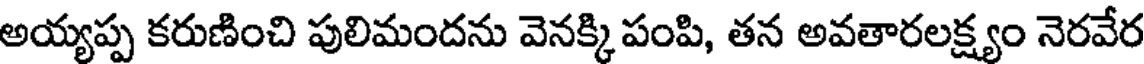
అయ్యప్ప కరుణించి పులిమందను వెనక్కి పంపి, తన అవతారలక్ష్యం నెరవేర